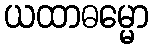
ယထာဓမ္မော